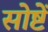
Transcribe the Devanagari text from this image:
सोष्टें